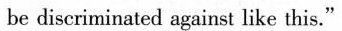
be discriminated against like this."